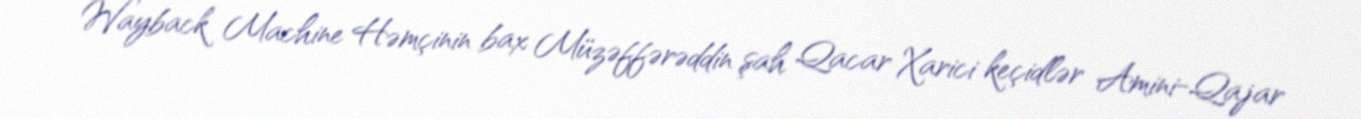
Wayback Machine Həmçinin bax Müzəffərəddin şah Qacar Xarici keçidlər Amini-Qajar